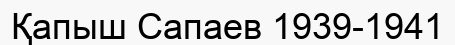
Қапыш Сапаев 1939-1941